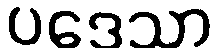
ပဒေသာ